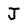
Character: J